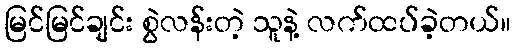
မြင်မြင်ချင်း စွဲလန်းတဲ့ သူနဲ့ လက်ထပ်ခဲ့တယ်။